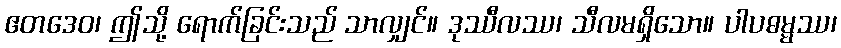
ဧတဒေဝ၊ ဤသို့ ရောက်ခြင်းသည် သာလျှင်။ ဒုဿီလဿ၊ သီလမရှိသော။ ပါပဓမ္မဿ၊